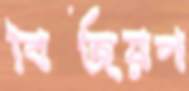
বিজয়প